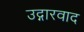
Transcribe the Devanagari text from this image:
उद्गारवाद